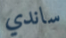
ساندي